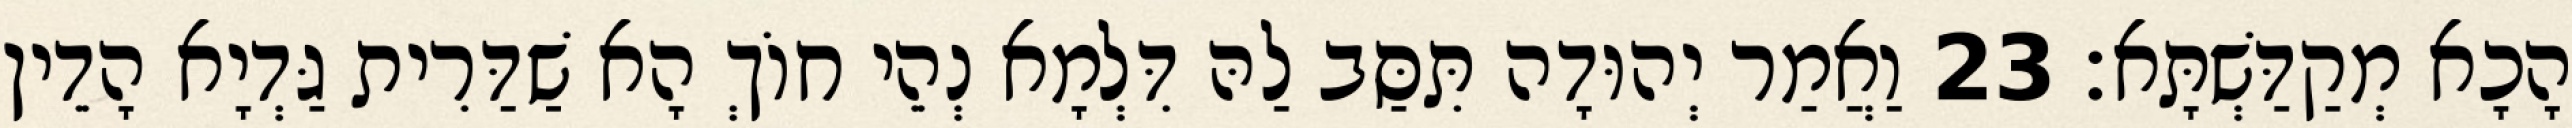
הָכָא מְקַדַּשְׁתָּא׃ 23 וַאֲמַר יְהוּדָה תִּסַּב לַהּ דִּלְמָא נְהֵי חוֹךְ הָא שַׁדַּרִית גַּדְיָא הָדֵין